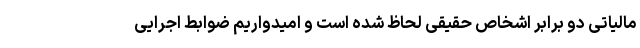
مالیاتی دو برابر اشخاص حقیقی لحاظ شده است و امیدواریم ضوابط اجرایی